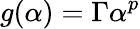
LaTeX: g(\alpha)=\Gamma\alpha^{p}